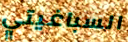
السباغيتي